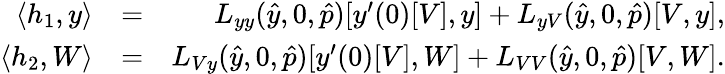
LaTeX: \begin{array}{rlr}{\langle h_{1},y\rangle}&{=}&{L_{yy}(\hat{y},0,\hat{p})[y^{\prime}(0)[V],y]+L_{yV}(\hat{y},0,\hat{p})[V,y],}\\ {\langle h_{2},W\rangle}&{=}&{L_{Vy}(\hat{y},0,\hat{p})[y^{\prime}(0)[V],W]+L_{VV}(\hat{y},0,\hat{p})[V,W].}\end{array}